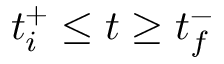
t _ { i } ^ { + } \leq t \geq t _ { f } ^ { - }